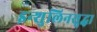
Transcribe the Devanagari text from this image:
इन्शुलिनसुद्धा